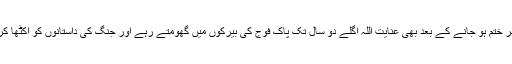
جنگ ستمبر ختم ہو جانے کے بعد بھی عنایت اللہ اگلے دو سال تک پاک فوج کی بیرکوں میں گھومتے رہے اور جنگ کی داستانوں کو اکٹھا کرتے رہے۔